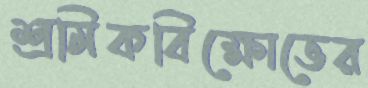
শ্রমিকবিক্ষোভের